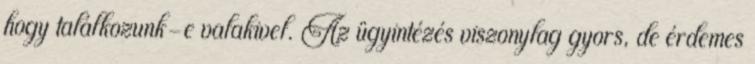
hogy találkozunk-e valakivel. Az ügyintézés viszonylag gyors, de érdemes